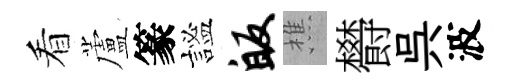
看蘆篆謐皈樵欎呉波